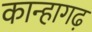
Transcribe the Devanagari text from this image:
कान्हागढ़